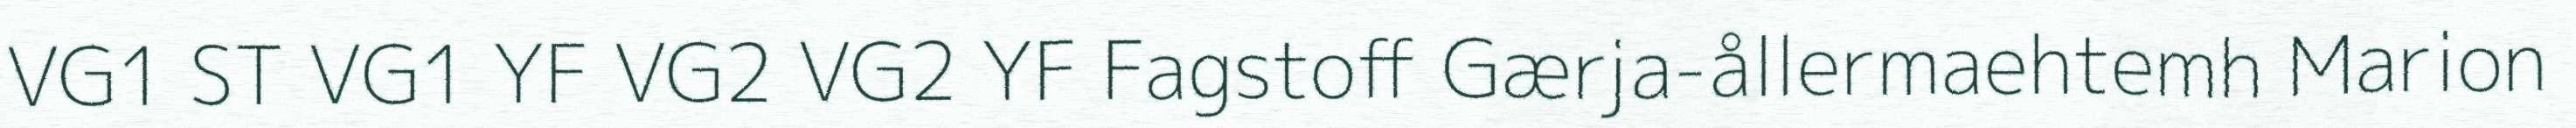
VG1 ST VG1 YF VG2 VG2 YF Fagstoff Gærja-ållermaehtemh Marion